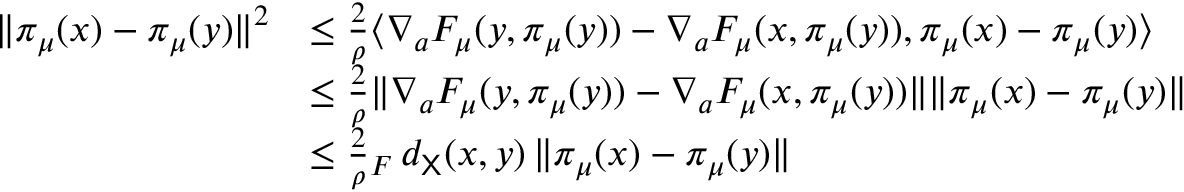
\begin{array} { r l } { \| \pi _ { \mu } ( x ) - \pi _ { \mu } ( y ) \| ^ { 2 } } & { \leq \frac { 2 } { \rho } \langle \nabla _ { a } F _ { \mu } ( y , \pi _ { \mu } ( y ) ) - \nabla _ { a } F _ { \mu } ( x , \pi _ { \mu } ( y ) ) , \pi _ { \mu } ( x ) - \pi _ { \mu } ( y ) \rangle } \\ & { \leq \frac { 2 } { \rho } \| \nabla _ { a } F _ { \mu } ( y , \pi _ { \mu } ( y ) ) - \nabla _ { a } F _ { \mu } ( x , \pi _ { \mu } ( y ) ) \| \| \pi _ { \mu } ( x ) - \pi _ { \mu } ( y ) \| } \\ & { \leq \frac { 2 } { \rho } \L _ { F } \, d _ { { \mathsf X } } ( x , y ) \, \| \pi _ { \mu } ( x ) - \pi _ { \mu } ( y ) \| } \end{array}